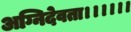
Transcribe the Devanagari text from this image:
अग्निदेवता।।।।।।